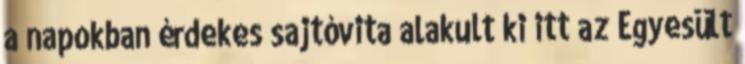
a napokban érdekes sajtóvita alakult ki itt az Egyesült